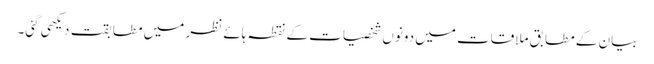
بیان کے مطابق ملاقات میں دونوں شخصیات کے نقطہ ہائے نظر میں مطابقت دیکھی گئی۔